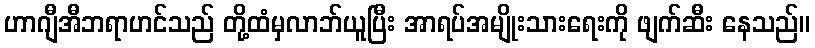
ဟာဂျီအီဘရာဟင်သည် တို့ထံမှလာဘ်ယူပြီး အာရပ်အမျိုးသားရေးကို ဖျက်ဆီး နေသည်။